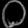
Digit: ၀